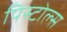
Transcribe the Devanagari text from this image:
पिस्टोल्स